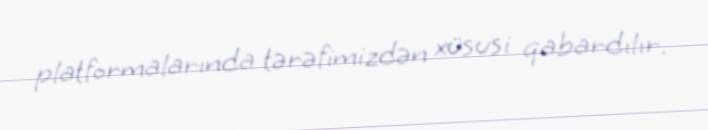
platformalarında tərəfimizdən xüsusi qabardılır.